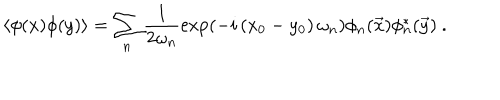
\left\langle \phi ( x ) \phi ( y ) \right\rangle = \sum _ { n } \frac { 1 } { 2 \omega _ { n } } \exp ( - i \left( x _ { 0 } - y _ { 0 } \right) \omega _ { n } ) \phi _ { n } ( \vec { x } ) \phi _ { n } ^ { * } ( \vec { y } ) \ .